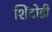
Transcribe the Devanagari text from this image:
शिंदोडी